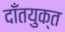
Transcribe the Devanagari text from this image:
दाँतयुक्त